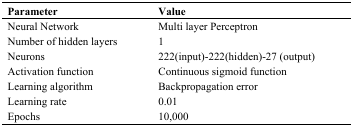
<table><thead><tr><td><b>Parameter</b></td><td><b>Value</b></td></tr></thead><tbody><tr><td>Neural Network</td><td>Multi layer Perceptron</td></tr><tr><td>Number of hidden layers</td><td>1</td></tr><tr><td>Neurons</td><td>222(input)-222(hidden)-27 (output)</td></tr><tr><td>Activation function</td><td>Continuous sigmoid function</td></tr><tr><td>Learning algorithm</td><td>Backpropagation error</td></tr><tr><td>Learning rate</td><td>0.01</td></tr><tr><td>Epochs</td><td>10,000</td></tr></tbody></table>